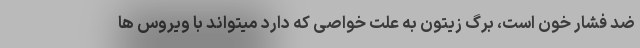
ضد فشار خون است، برگ زیتون به علت خواصی که دارد میتواند با ویروس ها